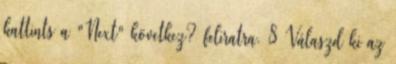
kattints a "Next" következ? feliratra. 8 Válaszd ki az